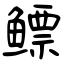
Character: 鳔